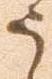
う